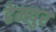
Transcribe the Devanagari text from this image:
हेमपुर